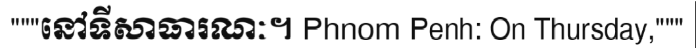
"""នៅទីសាធារណៈ។ Phnom Penh: On Thursday,"""